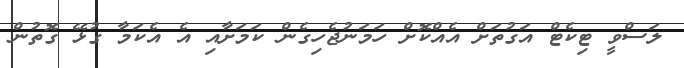
ލަސްވީ ޓިކެޓް އަގުތަށް އެއްކޮށް ހަމަނުޖެހިގެން ކަމަށާއި އެ އެކަމާ ގުޅޭ ގޮތުން